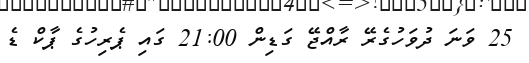
25 ވަނަ ދުވަހުގެރޭ ރާއްޖޭ ގަޑިން 21:00 ގައި ޕެރިހުގެ ޕާކް ޑެ